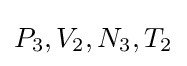
P_{3},V_{2},N_{3},T_{2}